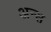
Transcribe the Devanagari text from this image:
अन्स